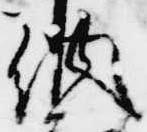
納